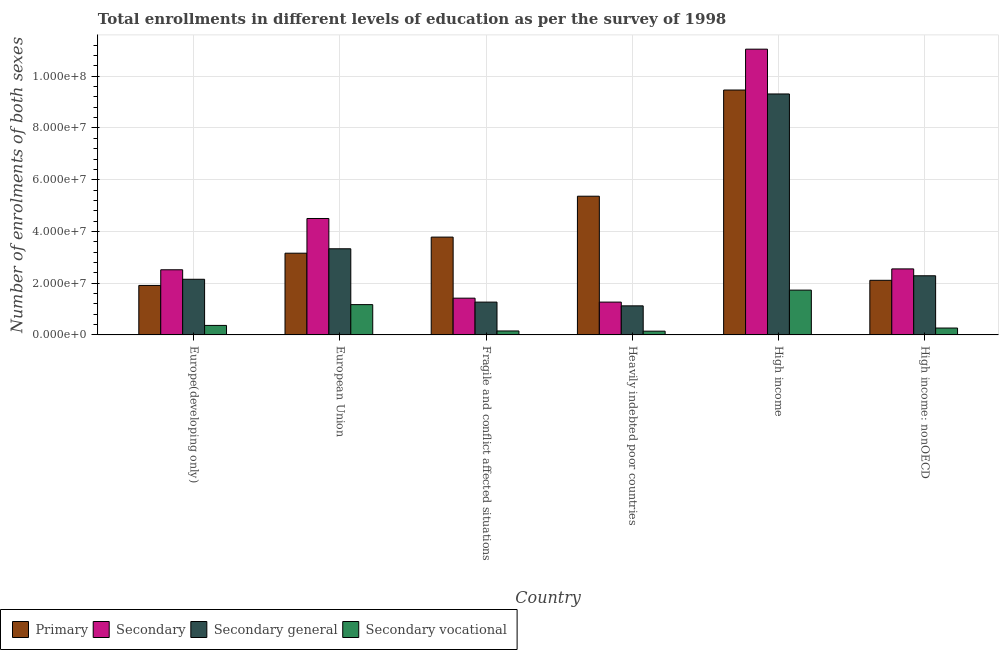
| Country | Primary | Secondary | Secondary general | Secondary vocational |
 | --- | --- | --- | --- | --- |
 | Europe(developing only) | 1.91e+07 | 2.52e+07 | 2.15e+07 | 3.67e+06 |
 | European Union | 3.16e+07 | 4.5e+07 | 3.33e+07 | 1.17e+07 |
 | Fragile and conflict affected situations | 3.78e+07 | 1.42e+07 | 1.27e+07 | 1.53e+06 |
 | Heavily indebted poor countries | 5.36e+07 | 1.27e+07 | 1.12e+07 | 1.45e+06 |
 | High income | 9.47e+07 | 1.1e+08 | 9.31e+07 | 1.73e+07 |
 | High income: nonOECD | 2.11e+07 | 2.55e+07 | 2.29e+07 | 2.66e+06 |